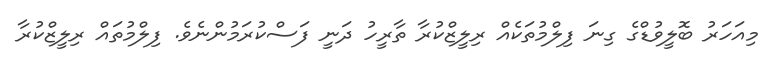
މިއަހަރު ބޮލީވުޑްގެ ގިނަ ފިލްމުތަކެއް ރިލީޒްކުރާ ތާރީހު ދަނީ ފަސްކުރަމުންނެވެ. ފިލްމުތައް ރިލީޒްކުރާ